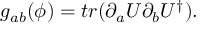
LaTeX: g _ { a b } ( \phi ) = t r ( \partial _ { a } U \partial _ { b } U ^ { \dagger } ) .